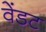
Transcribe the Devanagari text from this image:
वेंडट